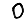
Digit: 0